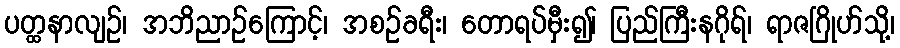
ပတ္ထနာလျဉ်၊ အဘိညာဉ်ကြောင့်၊ အစဉ်ခရီး၊ တောရပ်မှီး၍၊ ပြည်ကြီးနဂိုရ်၊ ရာဇဂြိုဟ်သို့၊